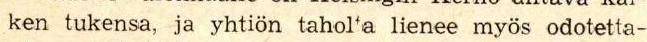
ken tukensa, ja yhtiön tahol'a lienee myös odotetta-